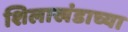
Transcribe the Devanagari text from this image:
शिलाखंडाच्या